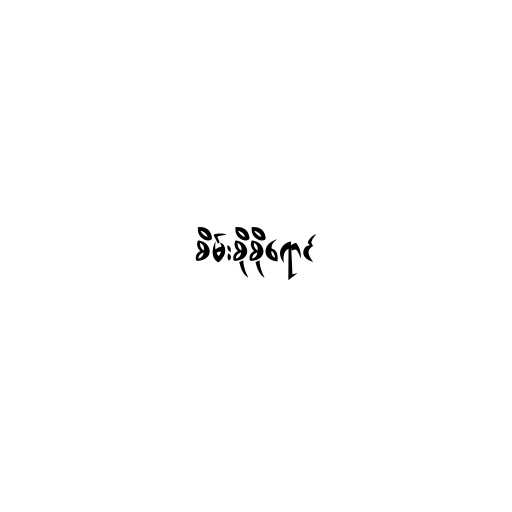
စိမ်းစိုစိုရောင်